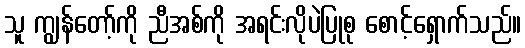
သူ ကျွန်တော့်ကို ညီအစ်ကို အရင်းလိုပဲပြုစု စောင့်ရှောက်သည်။